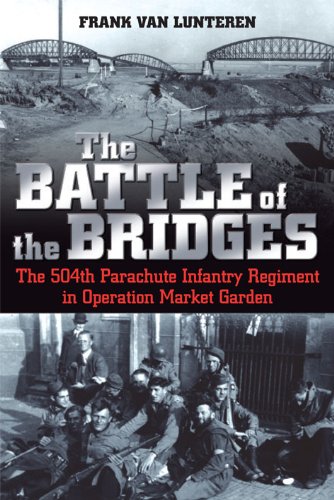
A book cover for The Battle of the Bridges: The 504 Parachute Infantry Regiment in Operation Market Garden; Frank van Lunteren; History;